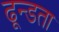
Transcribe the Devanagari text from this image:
ढून्डता